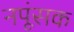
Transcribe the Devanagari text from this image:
नपूंसक